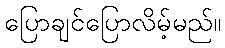
ပြောချင်ပြောလိမ့်မည်။